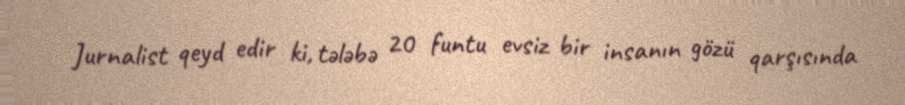
Jurnalist qeyd edir ki, tələbə 20 funtu evsiz bir insanın gözü qarşısında